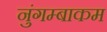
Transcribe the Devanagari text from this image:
नुंगम्बाकम